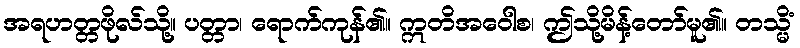
အရဟတ္တဖိုလ်သို့။ ပတ္တာ၊ ရောက်ကုန်၏။ ဣတိအဝေါစ၊ ဤသို့မိန့်တော်မူ၏။ တသ္မိံ